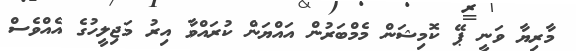
މާރިޔާ ވަނީ ޕޭ ކޮމިޝަން މެމްބަރުން އައްޔަން ކުރައްވާ އިރު މަޖިލީހުގެ އެއްވެސް